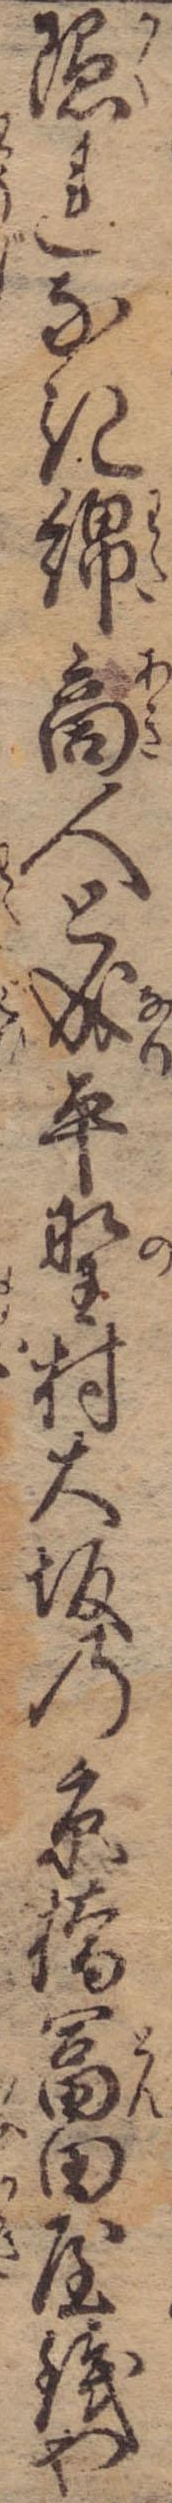
隠れなき綿商人と成平野村大坂の京橋富田屋銭や